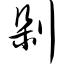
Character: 剁